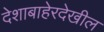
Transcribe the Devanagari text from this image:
देशाबाहेरदेखील